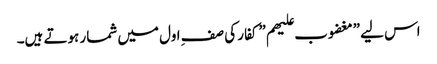
اس لیے ”مغضوب علیھم” کفار کی صفِ اول میں شمار ہوتے ہیں۔